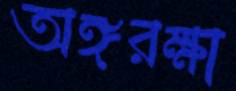
অঙ্গরক্ষা